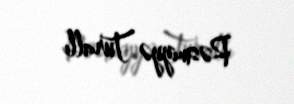
Rəsmiyyə Turallı